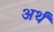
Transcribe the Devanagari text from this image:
अर्थं